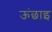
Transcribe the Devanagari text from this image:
ऊंछाइ